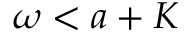
\omega < a + K